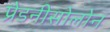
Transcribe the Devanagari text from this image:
प्रेडनीसोलोन